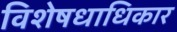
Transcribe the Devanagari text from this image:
विशेषधाधिकार